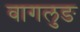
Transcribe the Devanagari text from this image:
वागलुङ